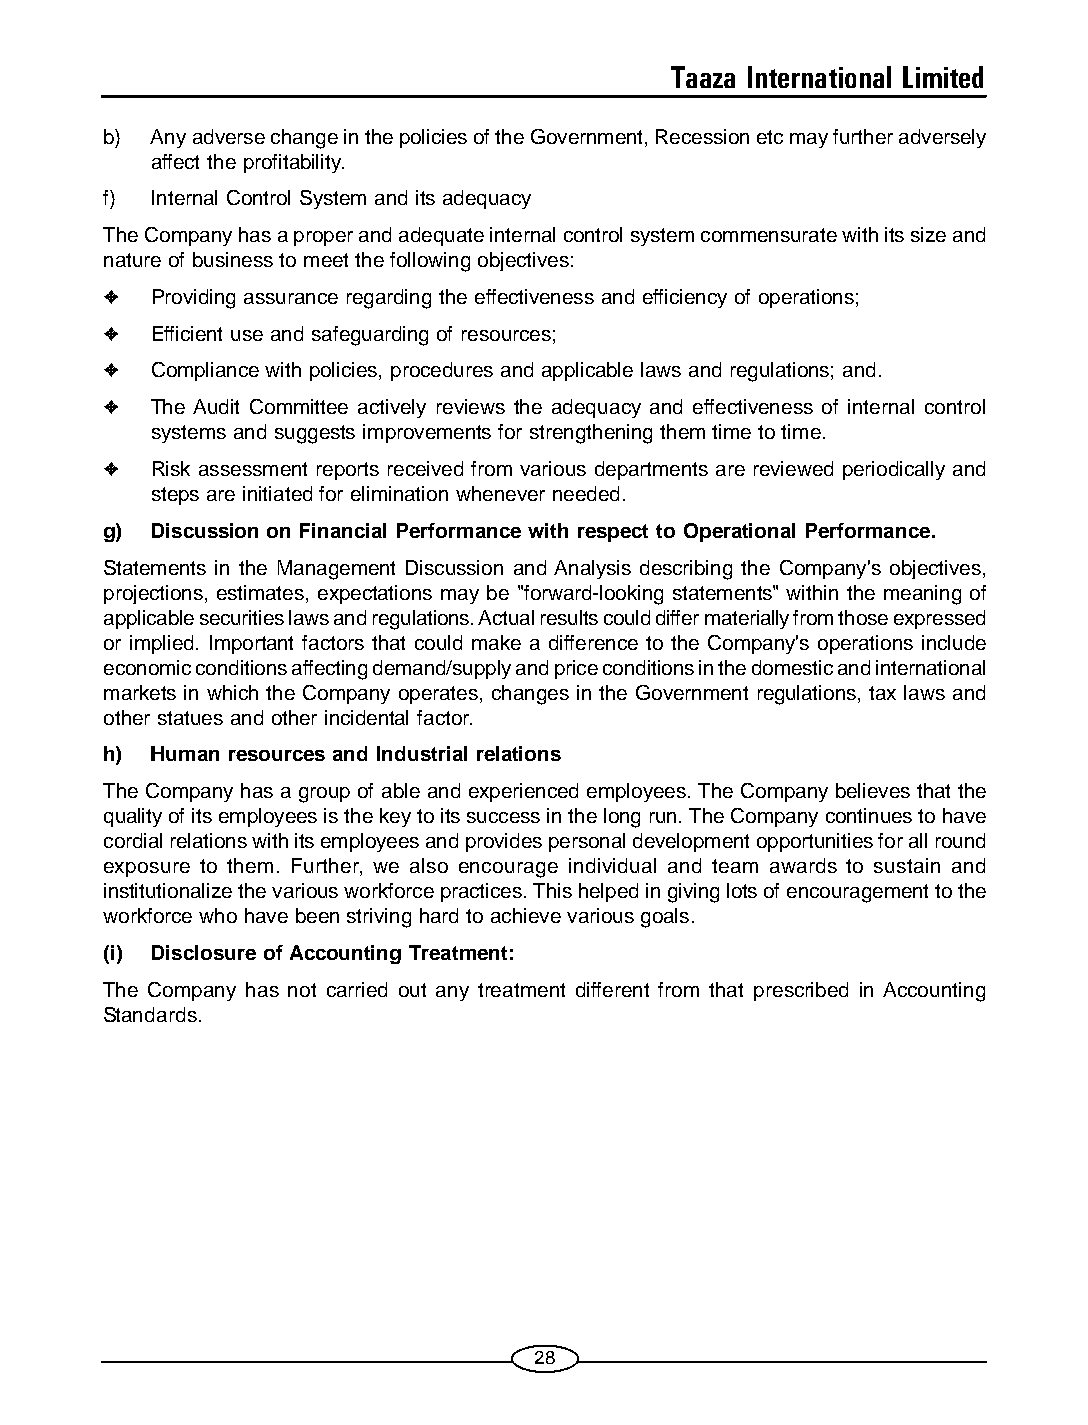
Taaza International Limited
 b) Any adverse change in the policies of the Government, Recession etc may further adversely
 affect the profitability.
 f) Internal Control System and its adequacy
 The Company has a proper and adequate internal control system commensurate with its size and
 nature of business to meet the following objectives:
 ✦  Providing assurance regarding the effectiveness and efficiency of operations;
 ✦  Efficient use and safeguarding of resources;
 ✦  Compliance with policies, procedures and applicable laws and regulations; and.
 ✦  The Audit Committee actively reviews the adequacy and effectiveness of internal control
 systems and suggests improvements for strengthening them time to time.
 ✦  Risk assessment reports received from various departments are reviewed periodically and
 steps are initiated for elimination whenever needed.
 g) Discussion on Financial Performance with respect to Operational Performance.
 Statements in the Management Discussion and Analysis describing the Company's objectives,
 projections, estimates, expectations may be "forward-looking statements" within the meaning of
 applicable securities laws and regulations. Actual results could differ materially from those expressed
 or implied. Important factors that could make a difference to the Company's operations include
 economic conditions affecting demand/supply and price conditions in the domestic and international
 markets in which the Company operates, changes in the Government regulations, tax laws and
 other statues and other incidental factor.
 h) Human resources and Industrial relations
 The Company has a group of able and experienced employees. The Company believes that the
 quality of its employees is the key to its success in the long run. The Company continues to have
 cordial relations with its employees and provides personal development opportunities for all round
 exposure to them. Further, we also encourage individual and team awards to sustain and
 institutionalize the various workforce practices. This helped in giving lots of encouragement to the
 workforce who have been striving hard to achieve various goals.
 (i) Disclosure of Accounting Treatment:
 The Company has not carried out any treatment different from that prescribed in Accounting
 Standards.
 28